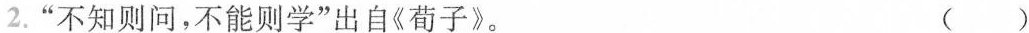
2.“不知则问，不能则学”出自《荀子》。 ( )